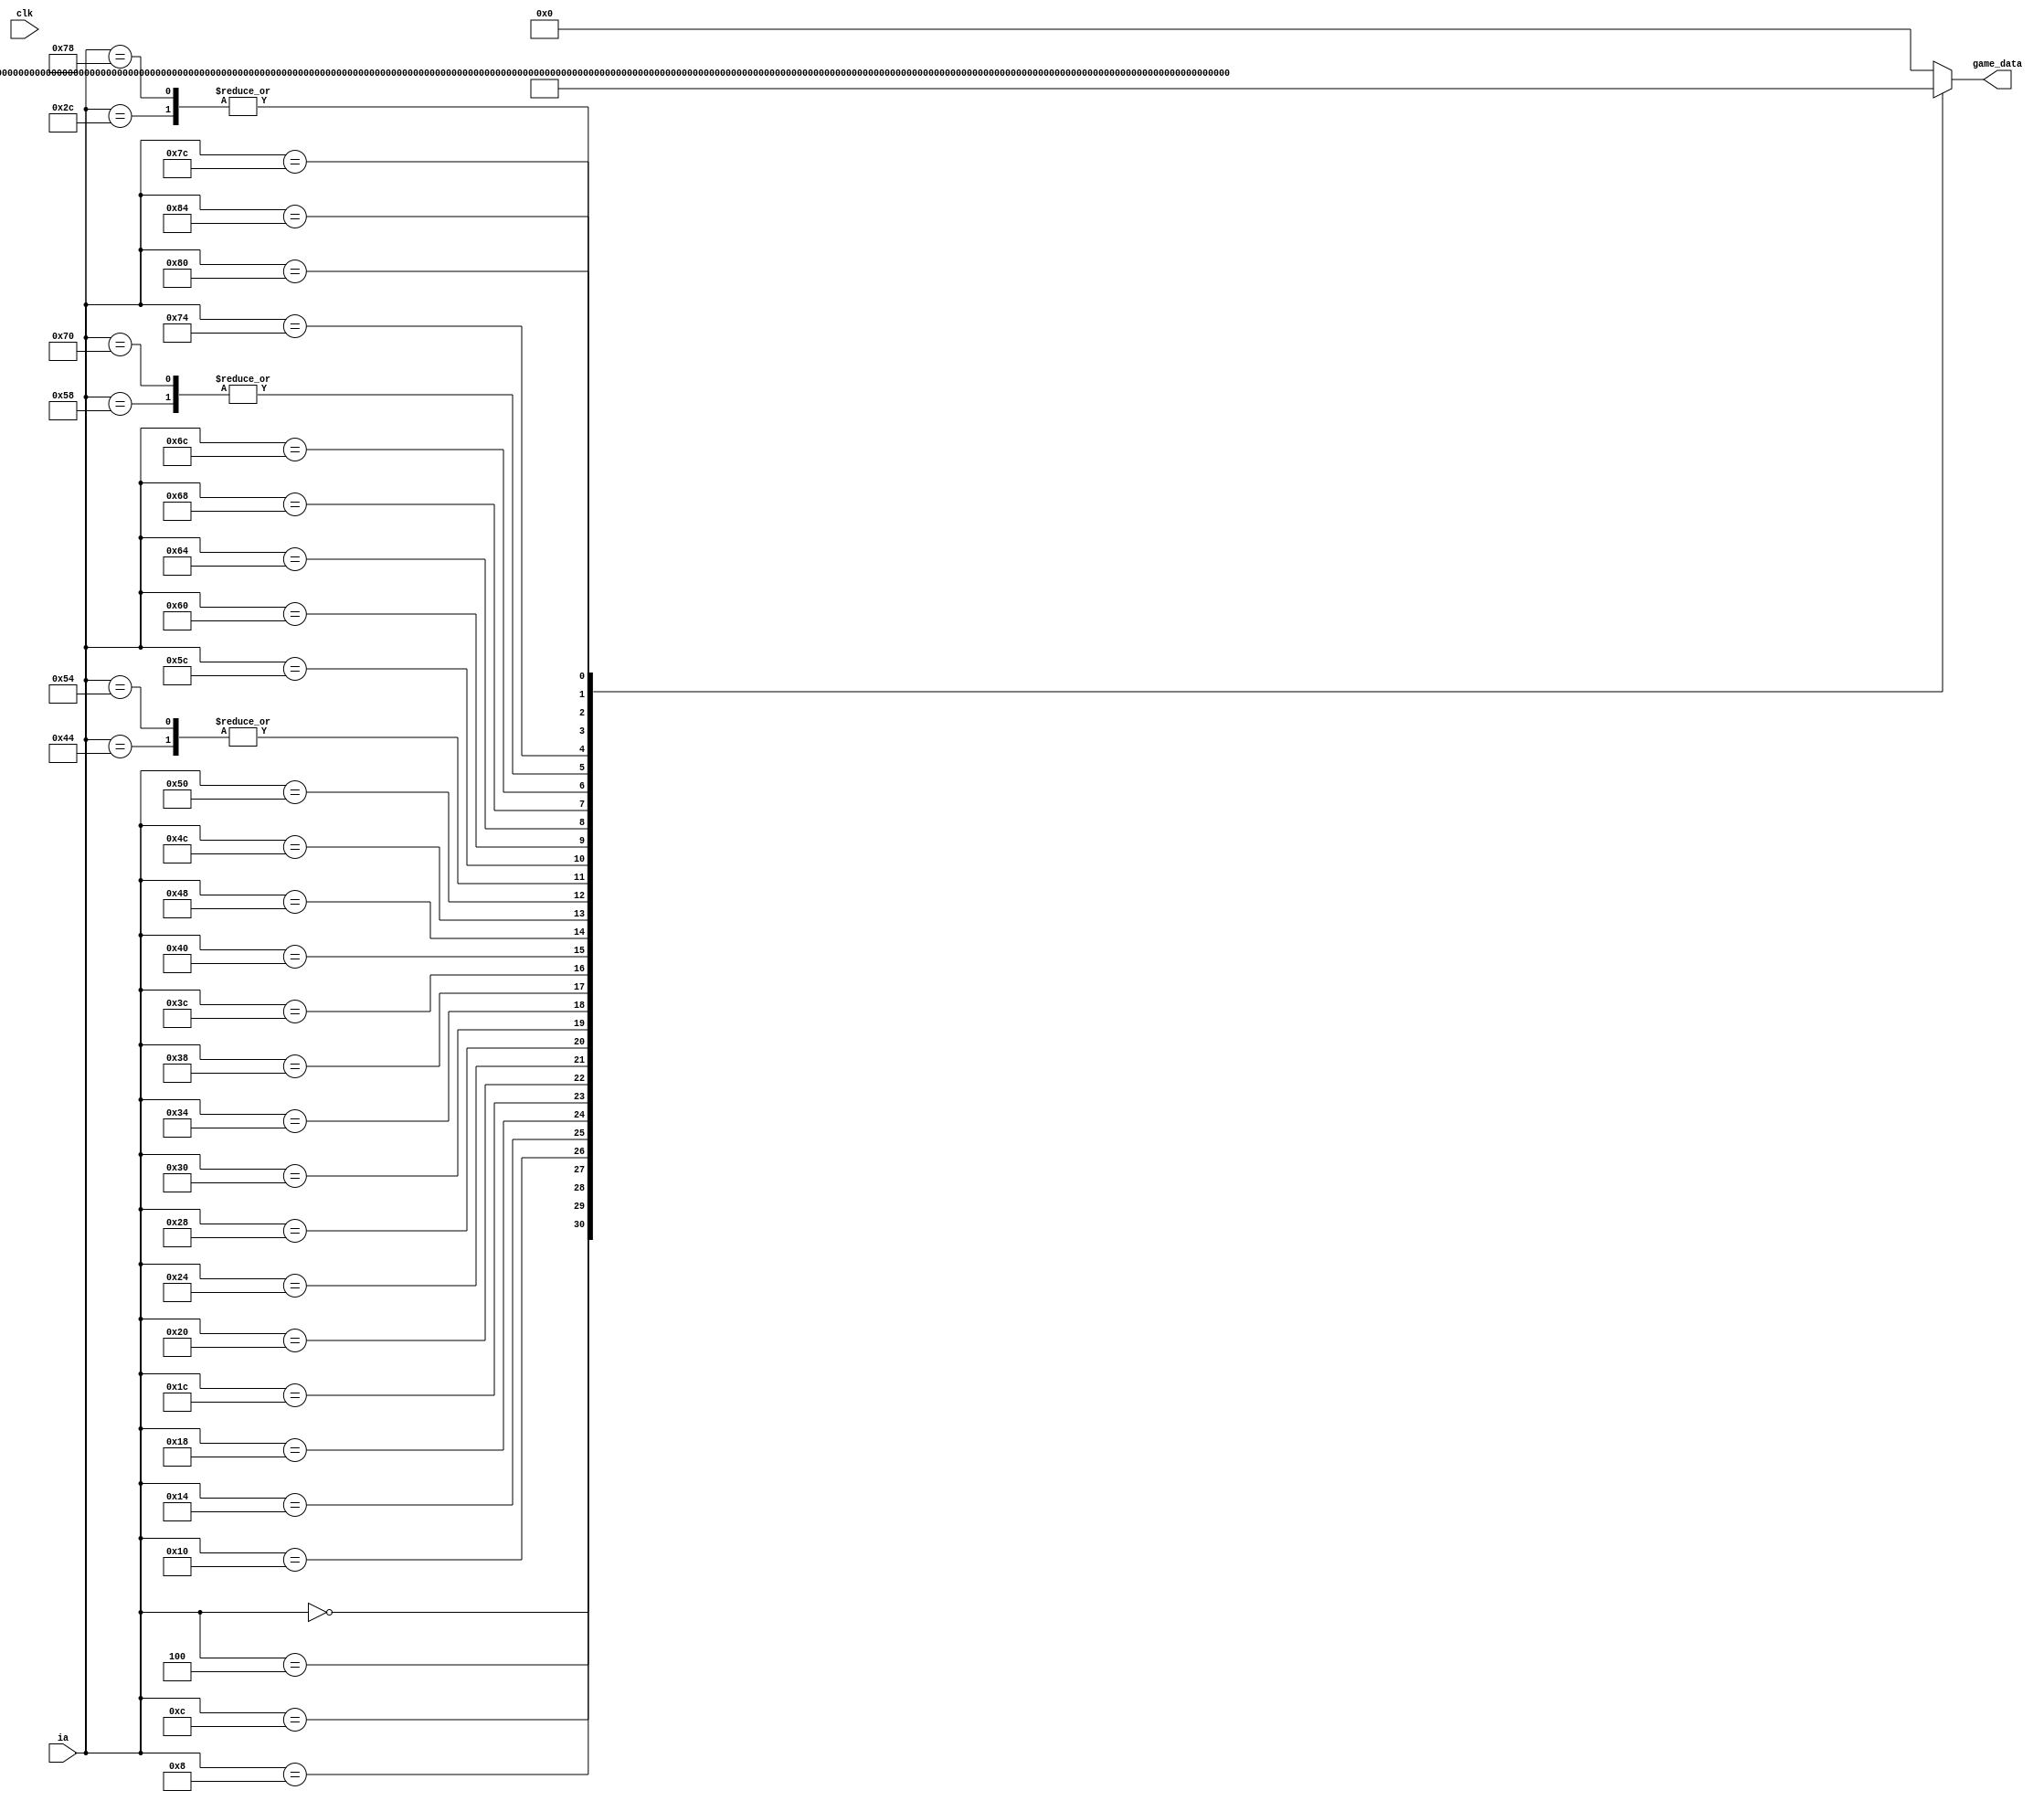
// This program was cloned from: https://github.com/chicken8848/RISKY
// License: MIT License

module game_rom(
    input clk,
    input [31:0] ia,
    output reg [31:0] game_data
  );
  
  always@(*) begin
    case(ia)
      32'h00: game_data <= 32'h40000113; // stack addi x2, x0, 1024
      32'h04: game_data <= 32'h00000413; // fp addi x8, x0, 0
      32'h08: game_data <= 32'h00000093; // ra addi x1, x0, 0
32'hc: game_data <= 32'hfe010113;
32'h10: game_data <= 32'h00812e23;
32'h14: game_data <= 32'h02010413;
32'h18: game_data <= 32'hfe042623;
32'h1c: game_data <= 32'h05c0006f;
32'h20: game_data <= 32'hfe042423;
32'h24: game_data <= 32'h03c0006f;
32'h28: game_data <= 32'h100006b7;
32'h2c: game_data <= 32'hfec42703;
32'h30: game_data <= 32'h00070793;
32'h34: game_data <= 32'h00279793;
32'h38: game_data <= 32'h00e787b3;
32'h3c: game_data <= 32'h00779793;
32'h40: game_data <= 32'h00f68733;
32'h44: game_data <= 32'hfe842783;
32'h48: game_data <= 32'h00f707b3;
32'h4c: game_data <= 32'hfff00713;
32'h50: game_data <= 32'h00e78023;
32'h54: game_data <= 32'hfe842783;
32'h58: game_data <= 32'h00178793;
32'h5c: game_data <= 32'hfef42423;
32'h60: game_data <= 32'hfe842703;
32'h64: game_data <= 32'h27f00793;
32'h68: game_data <= 32'hfce7d0e3;
32'h6c: game_data <= 32'hfec42783;
32'h70: game_data <= 32'h00178793;
32'h74: game_data <= 32'hfef42623;
32'h78: game_data <= 32'hfec42703;
32'h7c: game_data <= 32'h1df00793;
32'h80: game_data <= 32'hfae7d0e3;
32'h84: game_data <= 32'hf95ff06f;
      

      default: game_data <= 32'h0;
    endcase
  end
endmodule